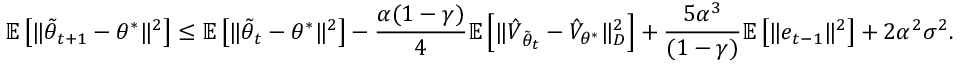
\mathbb { E } \left[ \Vert \tilde { \theta } _ { t + 1 } - \theta ^ { * } \Vert ^ { 2 } \right] \leq \mathbb { E } \left[ \Vert \tilde { \theta } _ { t } - \theta ^ { * } \Vert ^ { 2 } \right] - \frac { \alpha ( 1 - \gamma ) } { 4 } \mathbb { E } \left[ \Vert \hat { V } _ { \tilde { \theta } _ { t } } - \hat { V } _ { \theta ^ { * } } \Vert _ { D } ^ { 2 } \right] + \frac { 5 \alpha ^ { 3 } } { ( 1 - \gamma ) } \mathbb { E } \left[ \Vert e _ { t - 1 } \Vert ^ { 2 } \right] + 2 \alpha ^ { 2 } \sigma ^ { 2 } .